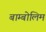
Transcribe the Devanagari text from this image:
बाम्बोलिम